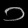
Digit: ၁